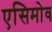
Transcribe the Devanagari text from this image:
एसिमोव